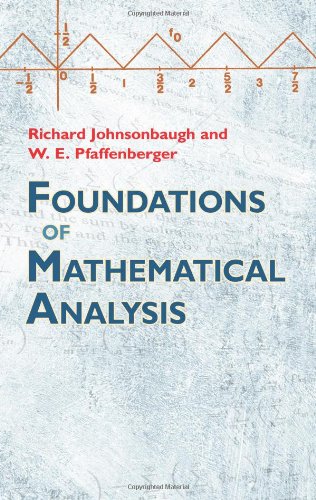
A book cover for Foundations of Mathematical Analysis (Dover Books on Mathematics); Richard Johnsonbaugh; Science & Math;